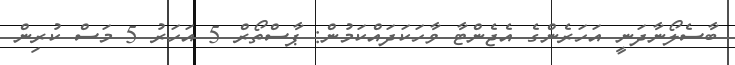
ބާސެލޯނާދަނީ އަހަރެންގެ އެޖެންޓާ ވާހަކަދައްކަމުން: ޕާސްތޯރް 5 އަހަރު 5 މަސް ކުރިން